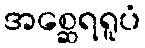
အစ္ဆေရရူပံ